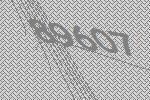
89607